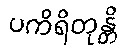
ပကိရိတုန္တိ